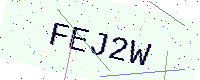
Text: FEJ2W